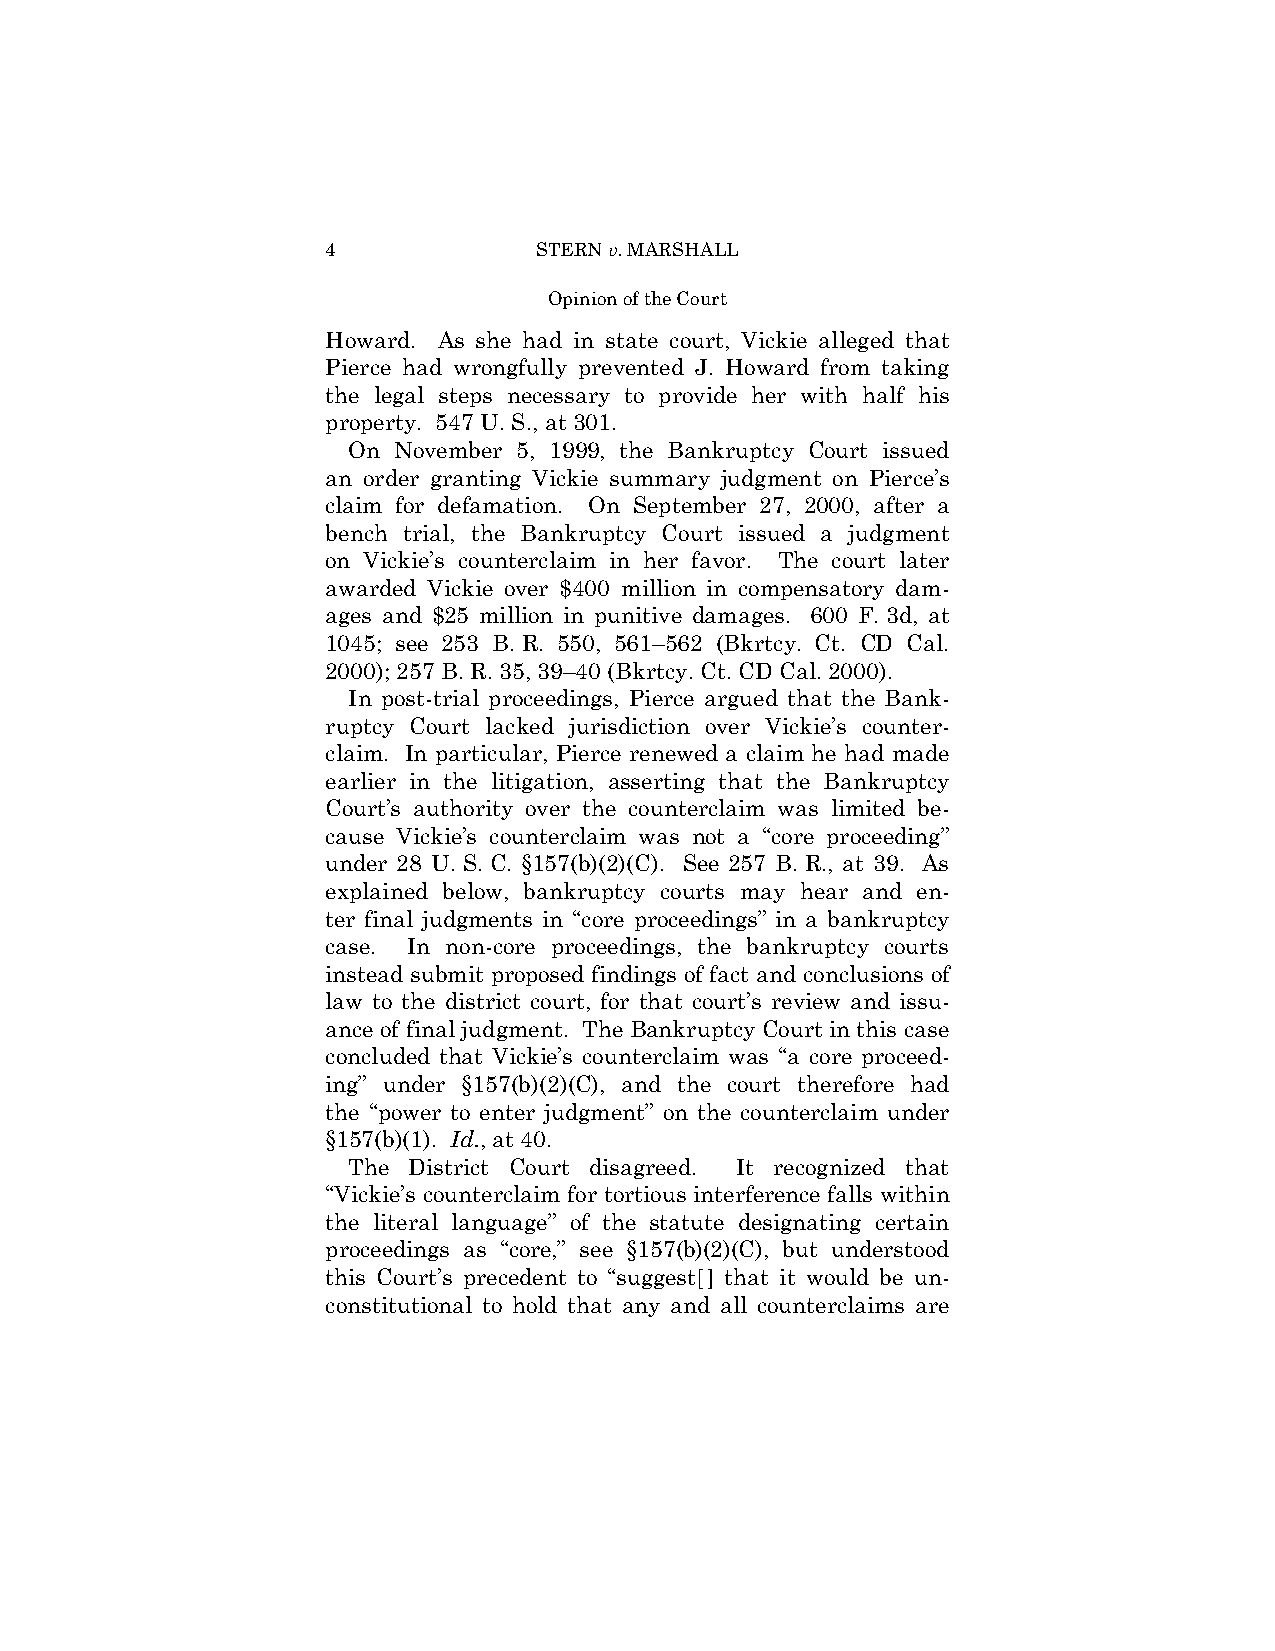
4             STERN v. MARSHALL
 Opinion of the Court
 Howard. As she had in state court, Vickie alleged that
 Pierce had wrongfully prevented J. Howard from taking
 the legal steps necessary to provide her with half his
 property. 547 U. S., at 301.
 On November 5, 1999, the Bankruptcy Court issued
 an order granting Vickie summary judgment on Pierce’s
 claim for defamation. On September 27, 2000, after a
 bench trial, the Bankruptcy Court issued a judgment
 on Vickie’s counterclaim in her favor. The court later
 awarded Vickie over $400 million in compensatory dam­
 ages and $25 million in punitive damages. 600 F. 3d, at
 1045; see 253 B. R. 550, 561–562 (Bkrtcy. Ct. CD Cal.
 2000); 257 B. R. 35, 39–40 (Bkrtcy. Ct. CD Cal. 2000).
 In post-trial proceedings, Pierce argued that the Bank­
 ruptcy Court lacked jurisdiction over Vickie’s counter­
 claim. In particular, Pierce renewed a claim he had made
 earlier in the litigation, asserting that the Bankruptcy
 Court’s authority over the counterclaim was limited be­
 cause Vickie’s counterclaim was not a “core proceeding”
 under 28 U. S. C. §157(b)(2)(C). See 257 B. R., at 39. As
 explained below, bankruptcy courts may hear and en-
 ter final judgments in “core proceedings” in a bankruptcy
 case. In non-core proceedings, the bankruptcy courts
 instead submit proposed findings of fact and conclusions of
 law to the district court, for that court’s review and issu­
 ance of final judgment. The Bankruptcy Court in this case
 concluded that Vickie’s counterclaim was “a core proceed­
 ing” under §157(b)(2)(C), and the court therefore had
 the “power to enter judgment” on the counterclaim under
 §157(b)(1). Id., at 40.
 The District Court disagreed. It recognized that
 “Vickie’s counterclaim for tortious interference falls within
 the literal language” of the statute designating certain
 proceedings as “core,” see §157(b)(2)(C), but understood
 this Court’s precedent to “suggest[] that it would be un­
 constitutional to hold that any and all counterclaims are